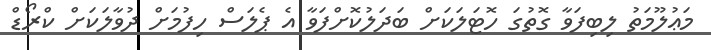
މަޢުލޫމަތު ލިބިފަވާ ގޮތުގަ ހޮޓަލަކަށް ބަދަލުކޮށްފަވާ އެ ޕެލަސް ހިފުމަށް ދުވާލަކަށް ކްރޯޑް